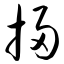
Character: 扫